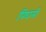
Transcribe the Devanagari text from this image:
पिघलीं